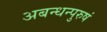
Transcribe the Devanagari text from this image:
अबन्धन्पुरुषं